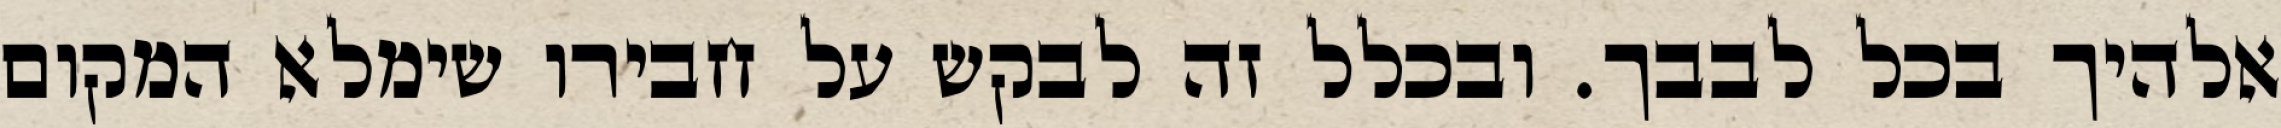
אלהיך בכל לבבך. ובכלל זה לבקש על חבירו שימלא המקום